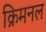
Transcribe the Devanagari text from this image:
क्रिमनल